Medical and sanitary report on the native army of Bombay for the year
Year: 1878
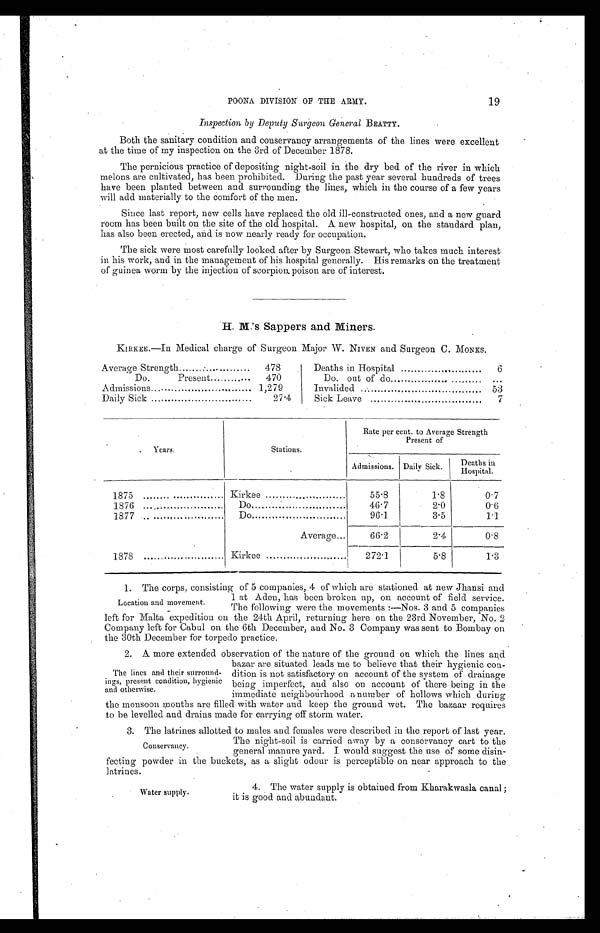
19
POONA DIVISION Of THE ARMY.
Inspection by Deputy Surgeon General BEATTY.
Both the sanitary condition and conservancy arrangements of the lines were excellent
at the time of my inspection on the 3rd of December 1878.
The pernicious practice of depositing night-soil in the dry bed of the river in which
melons are cultivated, has been prohibited. During the past year several hundreds of trees
have been planted between and surrounding the lines, which in the course of a few years
will add materially to the comfort of the men.
Since last report, new cells have replaced the old ill-constructed ones, and a new guard
room has been built on the site of the old hospital. A new hospital, on the standard plan,
has also been erected, and is now nearly ready for occupation.
The sick were most carefully looked after by Surgeon Stewart, who takes much interest
in his work, and in the management of his hospital generally. His remarks on the treatment
of guinea worm by the injection of scorpion poison are of interest.
.
H. M.’s Sappers and Miners.
KIRKEE.—In Medical charge of Surgeon Major W. NIVEN and Surgeon C. MONKS.
Average Strength
. . . . . . . . . . . . . . . . . . . . .
478
Deaths in Hospital
..
6
Do.
Present
...
470
Do. out of do
.
. . .
Admissions
1,279
Invalided . .
53
Daily Sick
27.4
Sick Leave
7
Years.
Stations.
Rate per cent. to Average Strength
Present of
Admissions. Daily Sick.
Deaths in
Hospital.
1875
Kirkee
.
55.8
1.8
0.7
1876
.
Do
46.7
2.0
0.6
1877 ... ......
Do
96.1
3.5
1.1
Average
66.2
2.4
0.8
1878
Kirkee
272.1
5.8
1.3
1. The corps, consisting of 5 companies, 4 of which are stationed at new Jhansi and
1 at Aden, has been broken up, on account of field service.
The following were the movements :—Nos. 3 and 5 companies
left for Malta expedition on the 24th April, returning here on the 23rd November, No. 2
Company left for Cabul on the 6th December, and No. 3 Company was sent to Bombay on
the 30th December for torpedo practice.
2. A more extended observation of the nature of the ground on which the lines and
bazar are situated leads me to believe that their hygienic con-
.
dition is not satisfactory on account of the system of drainage
being imperfect, and also on account of there being in the
immediate neighbourhood a number of hollows which during
the monsoon months are filled with water and keep the ground wet. The bazaar requires
to be levelled and drains made for carrying off storm water.
3. The latrines allotted to males and females were described in the report of last year.
The night-soil is carried away by a conservancy cart to the
general manure yard. I would suggest the use of some disin-
fecting powder in the buckets, as a slight odour is perceptible on near approach to the
latrines.
Location and movement.
The lines and their surround-
ings, present condition, hygienic
and otherwise.
Conservancy.
Water supply.
4. The water supply is obtained from Kharakwasla canal ;
it is good and abundant.